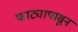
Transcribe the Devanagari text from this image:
फाट्यापासुन